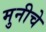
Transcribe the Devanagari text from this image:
मुनीचे